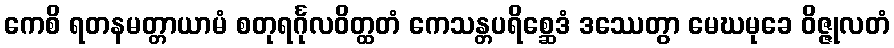
ကေစိ ရတနမတ္တာယာမံ စတုရင်္ဂုလဝိတ္ထတံ ကေသန္တပရိစ္ဆေဒံ ဒဿေတွာ မေဃမုခေ ဝိဇ္ဇုလတံ